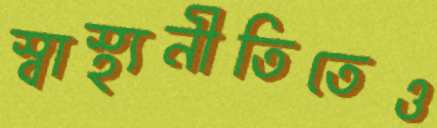
স্বাস্থ্যনীতিতেও